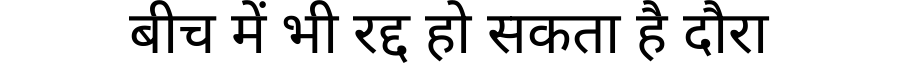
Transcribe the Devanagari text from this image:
बीच में भी रद्द हो सकता है दौरा